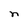
Character: n